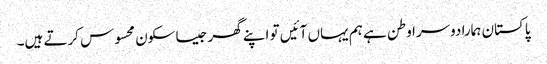
پاکستان ہمارا دوسرا وطن ہے ہم یہاں آئیں تو اپنے گھر جیسا سکون محسوس کرتے ہیں۔